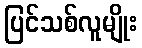
ပြင်သစ်လူမျိုး